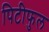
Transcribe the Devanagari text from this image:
पिटीफुल